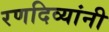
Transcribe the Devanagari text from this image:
रणदिव्यांनी